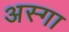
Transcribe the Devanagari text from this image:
अस्गा